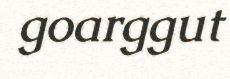
goarggut